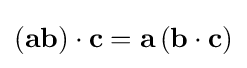
\left(\mathbf {a} \mathbf {b} \right)\cdot \mathbf {c} =\mathbf {a} \left(\mathbf {b} \cdot \mathbf {c} \right)